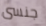
جنسى